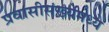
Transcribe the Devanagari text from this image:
प्रवासीसंख्येमध्ये